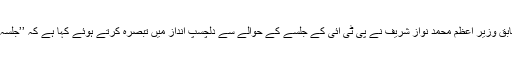
30 اپریل2018ء) مسلم لیگ (ن) کے قائد اور سابق وزیر اعظم محمد نواز شریف نے پی ٹی آئی کے جلسے کے حوالے سے دلچسپ انداز میں تبصرہ کرتے ہوئے کہا ہے کہ ’’جلسہ لاہور دا، مجمع پشور دا اور ایجنڈا کسے ہور دا‘‘۔